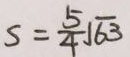
s = \frac { 5 } { 4 } \sqrt { 6 3 }